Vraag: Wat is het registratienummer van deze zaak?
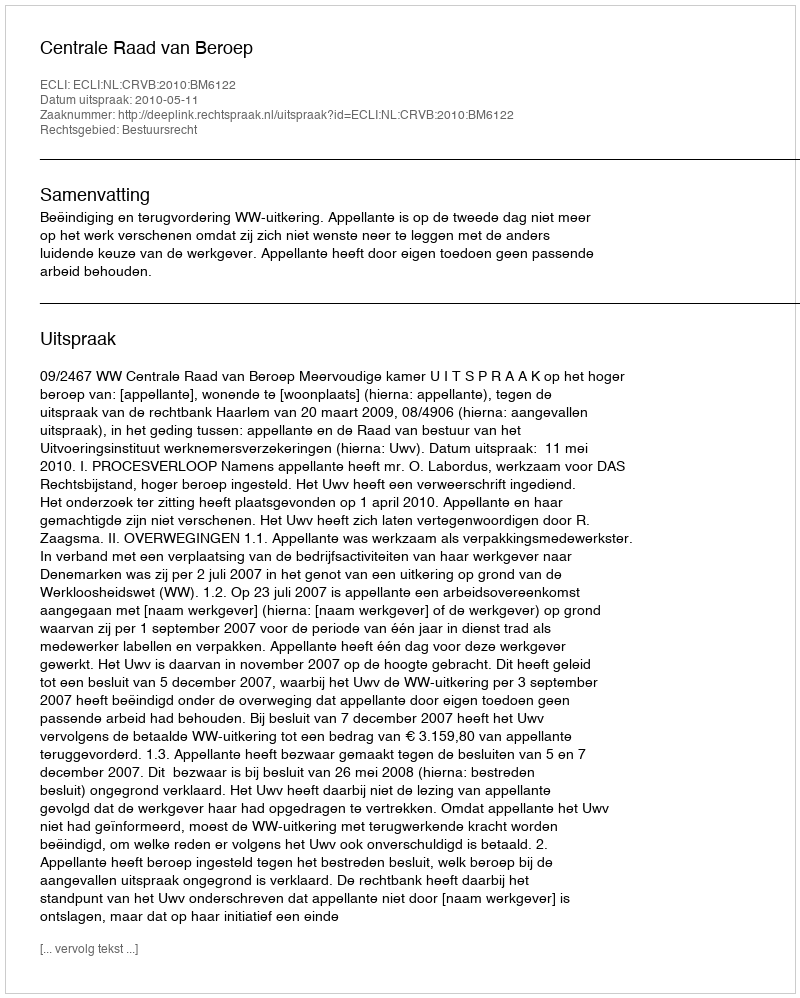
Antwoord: http://deeplink.rechtspraak.nl/uitspraak?id=ECLI:NL:CRVB:2010:BM6122